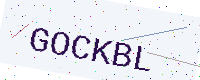
Text: GOCKBL